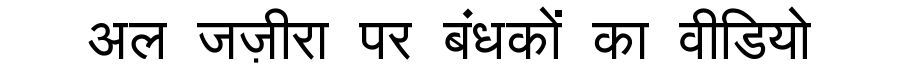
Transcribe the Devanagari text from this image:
अल जज़ीरा पर बंधकों का वीडियो